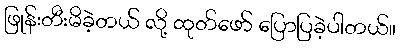
ဖြုန်းတီးမိခဲ့တယ် လို့ ထုတ်ဖော် ပြောပြခဲ့ပါတယ်။